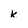
Character: k